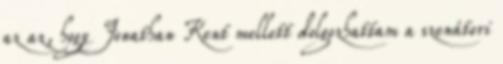
az az, hogy Jonathan Kent mellett dolgozhattam a szenátori